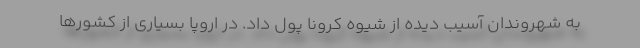
به شهروندان آسیب دیده از شیوه کرونا پول داد. در اروپا بسیاری از کشورها